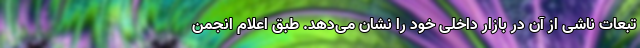
تبعات ناشی از آن در بازار داخلی خود را نشان می‌دهد. طبق اعلام انجمن